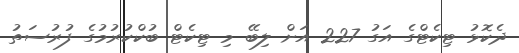
ދެކޮޅު ޓިކެޓްގެ އަގު 227 އަށް ލިބޭ މި ޓިކެޓް ބުކްކުރުމުގެ ފުރުސަތު